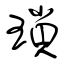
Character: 瑣